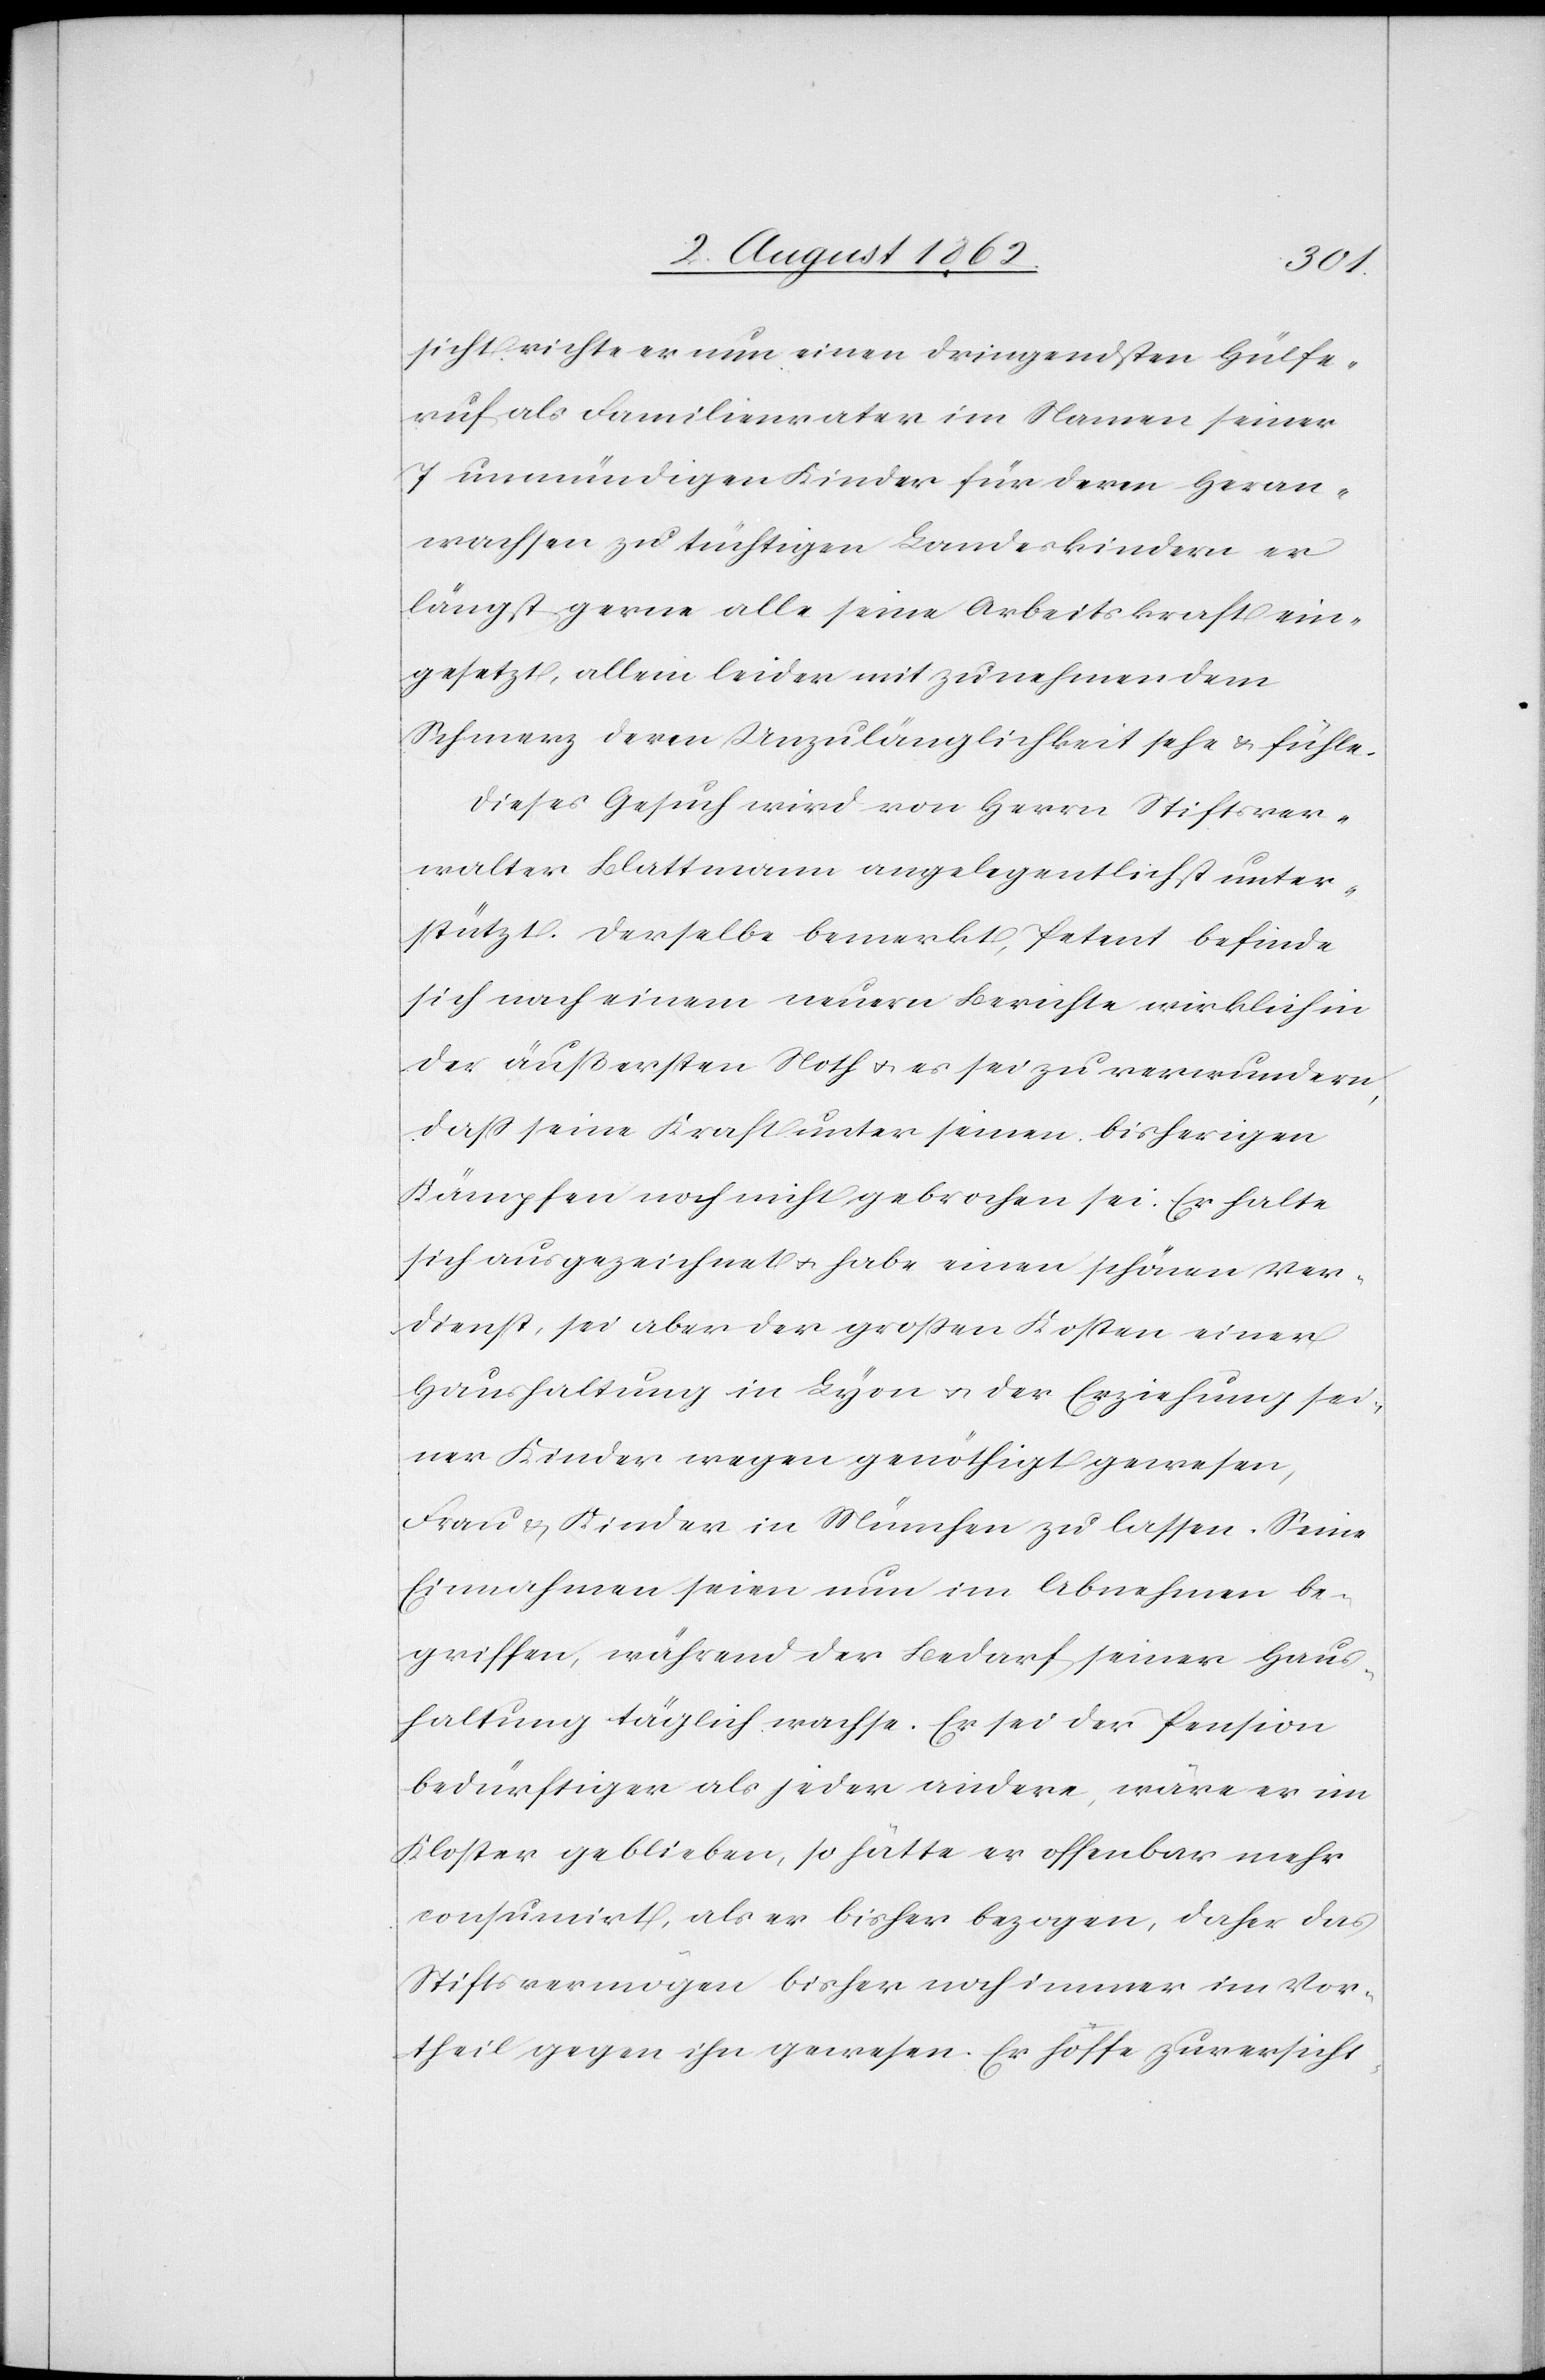
sicht richte er nun einen dringensten Hülfe¬
ruf als Familienvater im Namen seiner
7 unmündigen Kinder für deren Heran¬
wachsen zu tüchtigen Landeskindern er
längst gerne alle seine Arbeitskraft ein¬
gesetzt, allein leider mit zunehmendem
Schmerz deren Unzulänglichkeit sehe u. fühle.
Dieses Gesuch wird von Herrn Stiftsver¬
walter Blattmann angelegentlichst unter¬
stützt. Derselbe bemerkt, Petent befinde
sich nach einem neuern Berichte wirklich in
der äußersten Noth u. es sei zu verwundern,
daß seine Kraft unter seinen bisherigen
Kämpfen noch nicht gebrochen sei. Er halte
sich ausgezeichnet u. habe einen schönen Ver¬
dienst, sei aber der großen Kosten einer
Haushaltung in Lyon u. der Erziehung sei¬
ner Kinder wegen genöthigt gewesen,
Frau u. Kinder in München zu lassen. Seine
Einnahmen seien nun im Abnehmen be¬
griffen, während der Bedarf seiner Haus¬
haltung täglich wachse. Er sei der Pension
bedürftiger als jeder andere, wäre er im
Kloster geblieben, so hätte er offenbar mehr
consumirt, als er bisher bezogen, daher das
Stiftsvermögen bisher noch immer im Vor¬
theile gegen ihn gewesen. Er höffte zuversicht-